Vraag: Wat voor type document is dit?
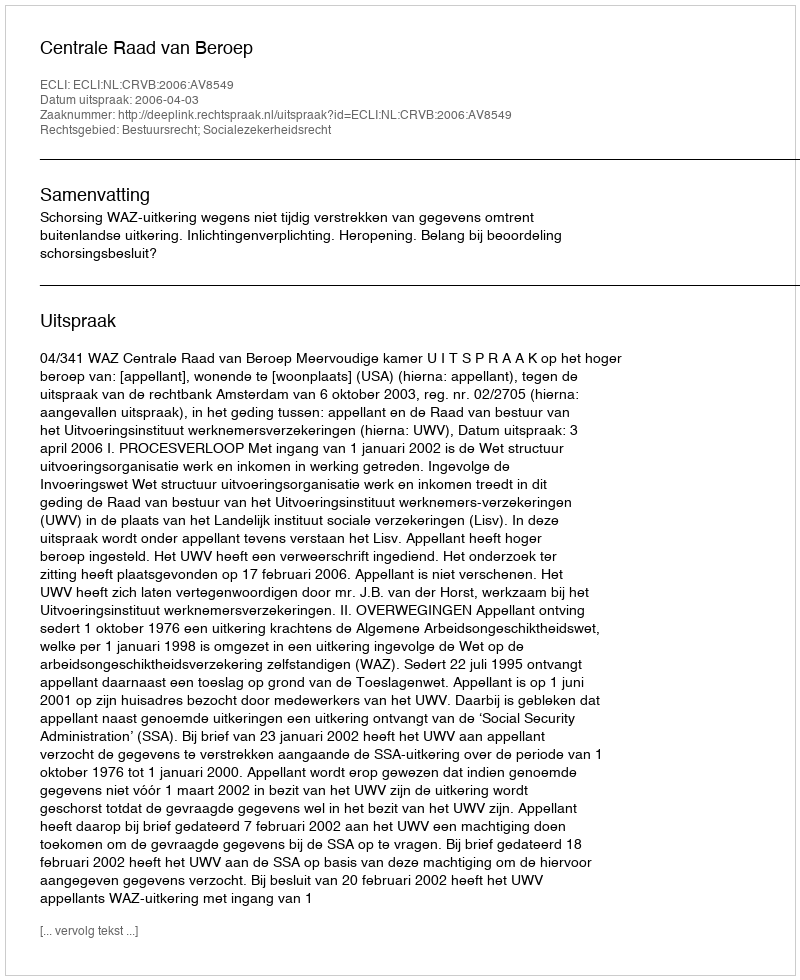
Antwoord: Uitspraak